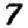
Digit: 7